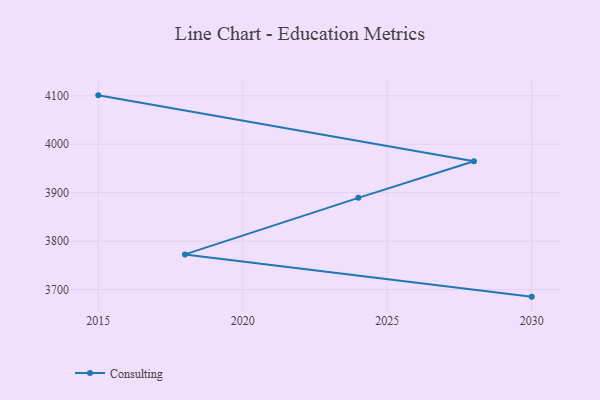
{"axis": {"x": "Year", "y": "Latency (ms)"}, "legend": ["Consulting"], "data": [{"x": "2015", "y": 4100.8, "type": "Consulting"}, {"x": "2028", "y": 3964.9, "type": "Consulting"}, {"x": "2024", "y": 3889.4, "type": "Consulting"}, {"x": "2018", "y": 3772.7, "type": "Consulting"}, {"x": "2030", "y": 3685.6, "type": "Consulting"}]}